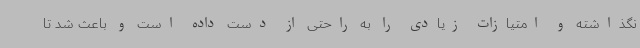
نگذاشته و امتیازات زیادی را به راحتی از دست داده است و باعث شد تا